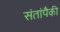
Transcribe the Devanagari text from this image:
संतांपैकी